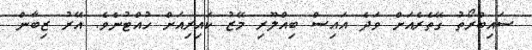
ސައިބްރޯތު ގޭތެރެއަށް ވަދެ އައިސް ބިއްލޫރި މޭޒު ކައިރިއަށް ހުއްޓުނެވެ. އޭރު ޒިބާން